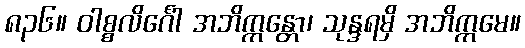
၈၃၆။ ဝါစ္စလိင်္ဂေါ အဘိက္ကန္တော၊ သုန္ဒရမှိ အဘိက္ကမေ။